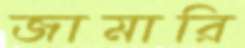
জামারি